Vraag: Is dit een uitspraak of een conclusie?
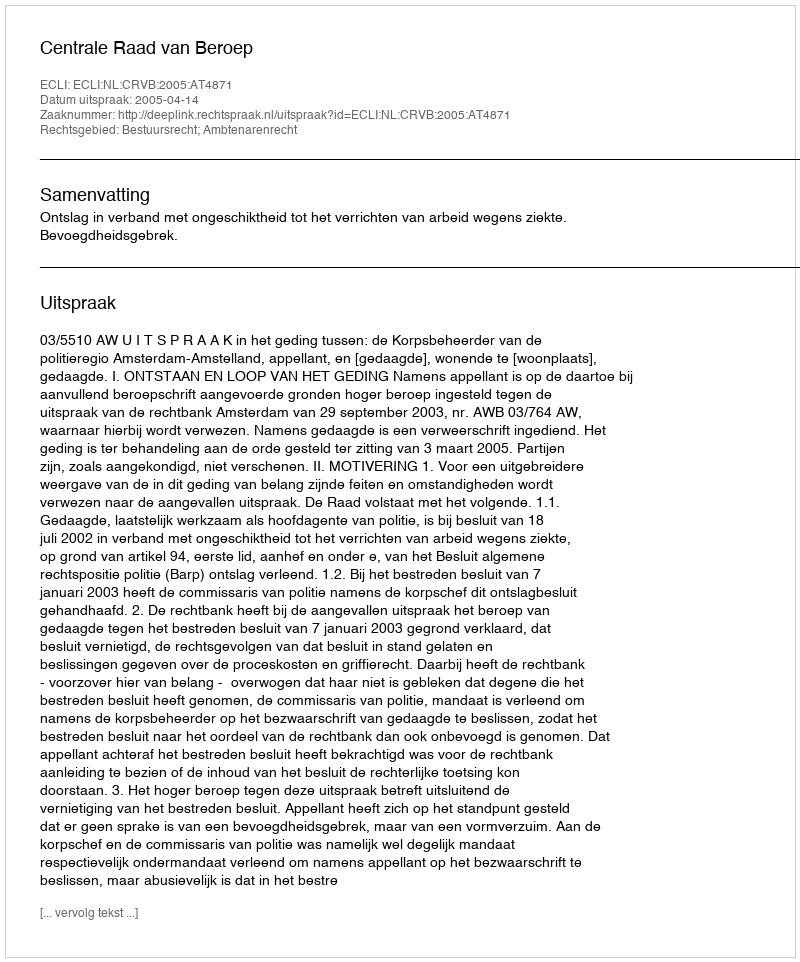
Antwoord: Uitspraak